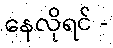
နေလိုရင် -